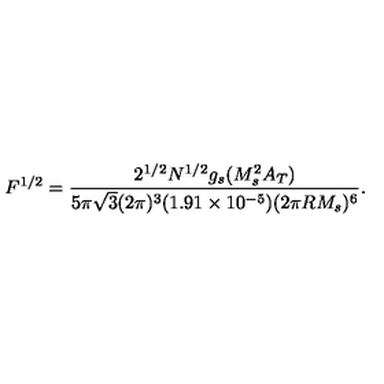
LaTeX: F ^ { 1 / 2 } = \frac { 2 ^ { 1 / 2 } N ^ { 1 / 2 } g _ { s } ( M _ { s } ^ { 2 } A _ { T } ) } { 5 \pi \sqrt { 3 } ( 2 \pi ) ^ { 3 } ( 1 . 9 1 \times 1 0 ^ { - 5 } ) ( 2 \pi R M _ { s } ) ^ { 6 } } .